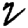
Digit: 8